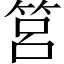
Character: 筥